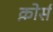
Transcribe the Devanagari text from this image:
क़ोर्स